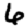
Digit: 6